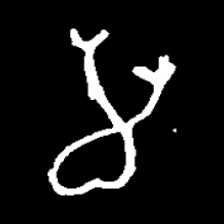
Pyu character \u2014 Myanmar letter: မ (romanized: ma)